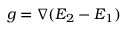
\begin{array} { r } { \boldsymbol { g } = \nabla ( E _ { 2 } - E _ { 1 } ) } \end{array}